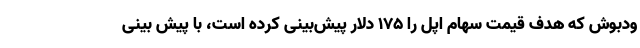
ودبوش که هدف قیمت سهام اپل را ۱۷۵ دلار پیش‌بینی کرده است، با پیش بینی